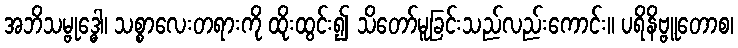
အဘိသမ္ဗုဒ္ဓေါ၊ သစ္စာလေးတရားကို ထိုးထွင်း၍ သိတော်မူခြင်းသည်လည်းကောင်း။ ပရိနိဗ္ဗူတောစ၊